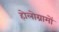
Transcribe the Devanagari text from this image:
होलोग्रामों